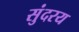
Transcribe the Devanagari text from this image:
सुंदरय